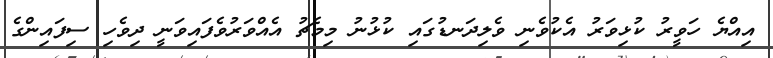
އިއްޔެ ހަވީރު ކުޅިވަރު އެކުވެނި ވެލިދަނޑުގައި ކުޅުނު މިމެޗު އެއްވަރުވެފައިވަނީ ދިވެހި ސިފައިންގެ